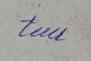
Signature authenticity: genuine